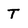
Character: T